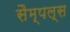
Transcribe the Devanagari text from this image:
सैम्पल्स